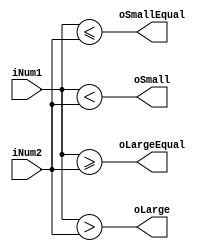
/************************************************
4bit

Verilog-2001

input    iNum1,iNum2  4bit
      output   oLarge   iNum1 iNum2 1 1bit
               oSmall   1 1bit
               oLargeEqual   1 1bit
               oSmallEqual   1 1bit	
      

       > < >= <= 
		
2017/12/27  
************************************************/
module compOperation(
input		  [3:0]	iNum1,iNum2,
output reg			oLarge,oSmall,
						oLargeEqual,oSmallEqual);
always @(iNum1,iNum2)
begin
	oLarge = iNum1 > iNum2;
	oSmall = iNum1 < iNum2;
	oLargeEqual = iNum1 >= iNum2;
	oSmallEqual = iNum1 <= iNum2;
end
endmodule